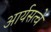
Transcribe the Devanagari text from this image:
आर्यसत्वे